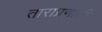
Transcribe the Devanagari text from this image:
ताराप्रणाली